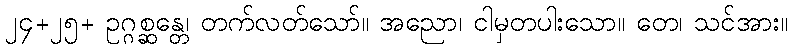
၂၄+၂၅+ ဥဂ္ဂစ္ဆန္တေ၊ တက်လတ်သော်။ အညော၊ ငါမှတပါးသော။ တေ၊ သင်အား။